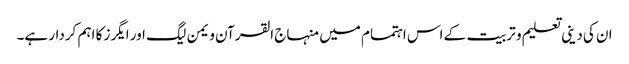
ان کی دینی تعلیم و تربیت کے اس اہتمام میں منہاج القرآن ویمن لیگ اور ایگرز کا اہم کردار ہے۔